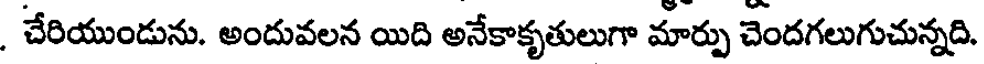
. చేరియుండును. అందువలన యిది అనేకాకృతులుగా మార్పు చెందగలుగుచున్నది.